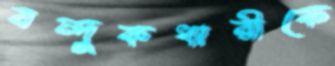
বন্দুকধারীকে